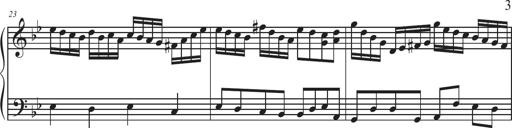
Title: Sonatina Espania
Composer: Jerald Franklin Archer
Key: Various